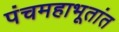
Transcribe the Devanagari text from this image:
पंचमहाभूतांत